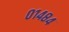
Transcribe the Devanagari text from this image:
०१४८४